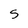
Character: S